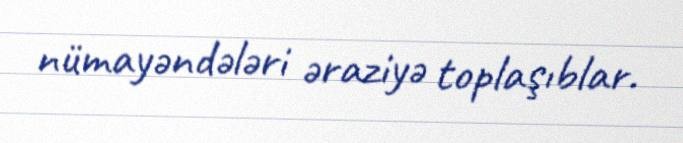
nümayəndələri əraziyə toplaşıblar.